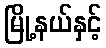
မြို့နယ်နှင့်